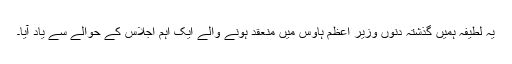
یہ لطیفہ ہمیں گذشتہ دنوں وزیر اعظم ہاؤس میں منعقد ہونے والے ایک اہم اجلاس کے حوالے سے یاد آیا۔